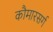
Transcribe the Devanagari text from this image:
कौमारसर्ग